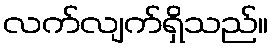
လက်လျက်ရှိသည်။